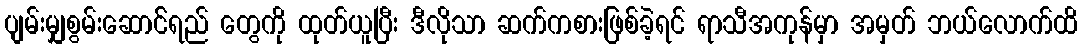
ပျမ်းမျှစွမ်းဆောင််ရည် တွေကို ထုတ်ယူပြီး ဒီလိုသာ ဆက်ကစားဖြစ်ခဲ့ရင် ရာသီအကုန်မှာ အမှတ် ဘယ်လောက်ထိ